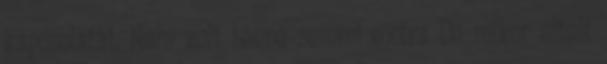
kapcsolatát. Nem volt benne semmi extra De mikor eltelt